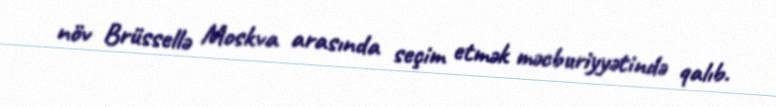
növ Brüssellə Moskva arasında seçim etmək məcburiyyətində qalıb.